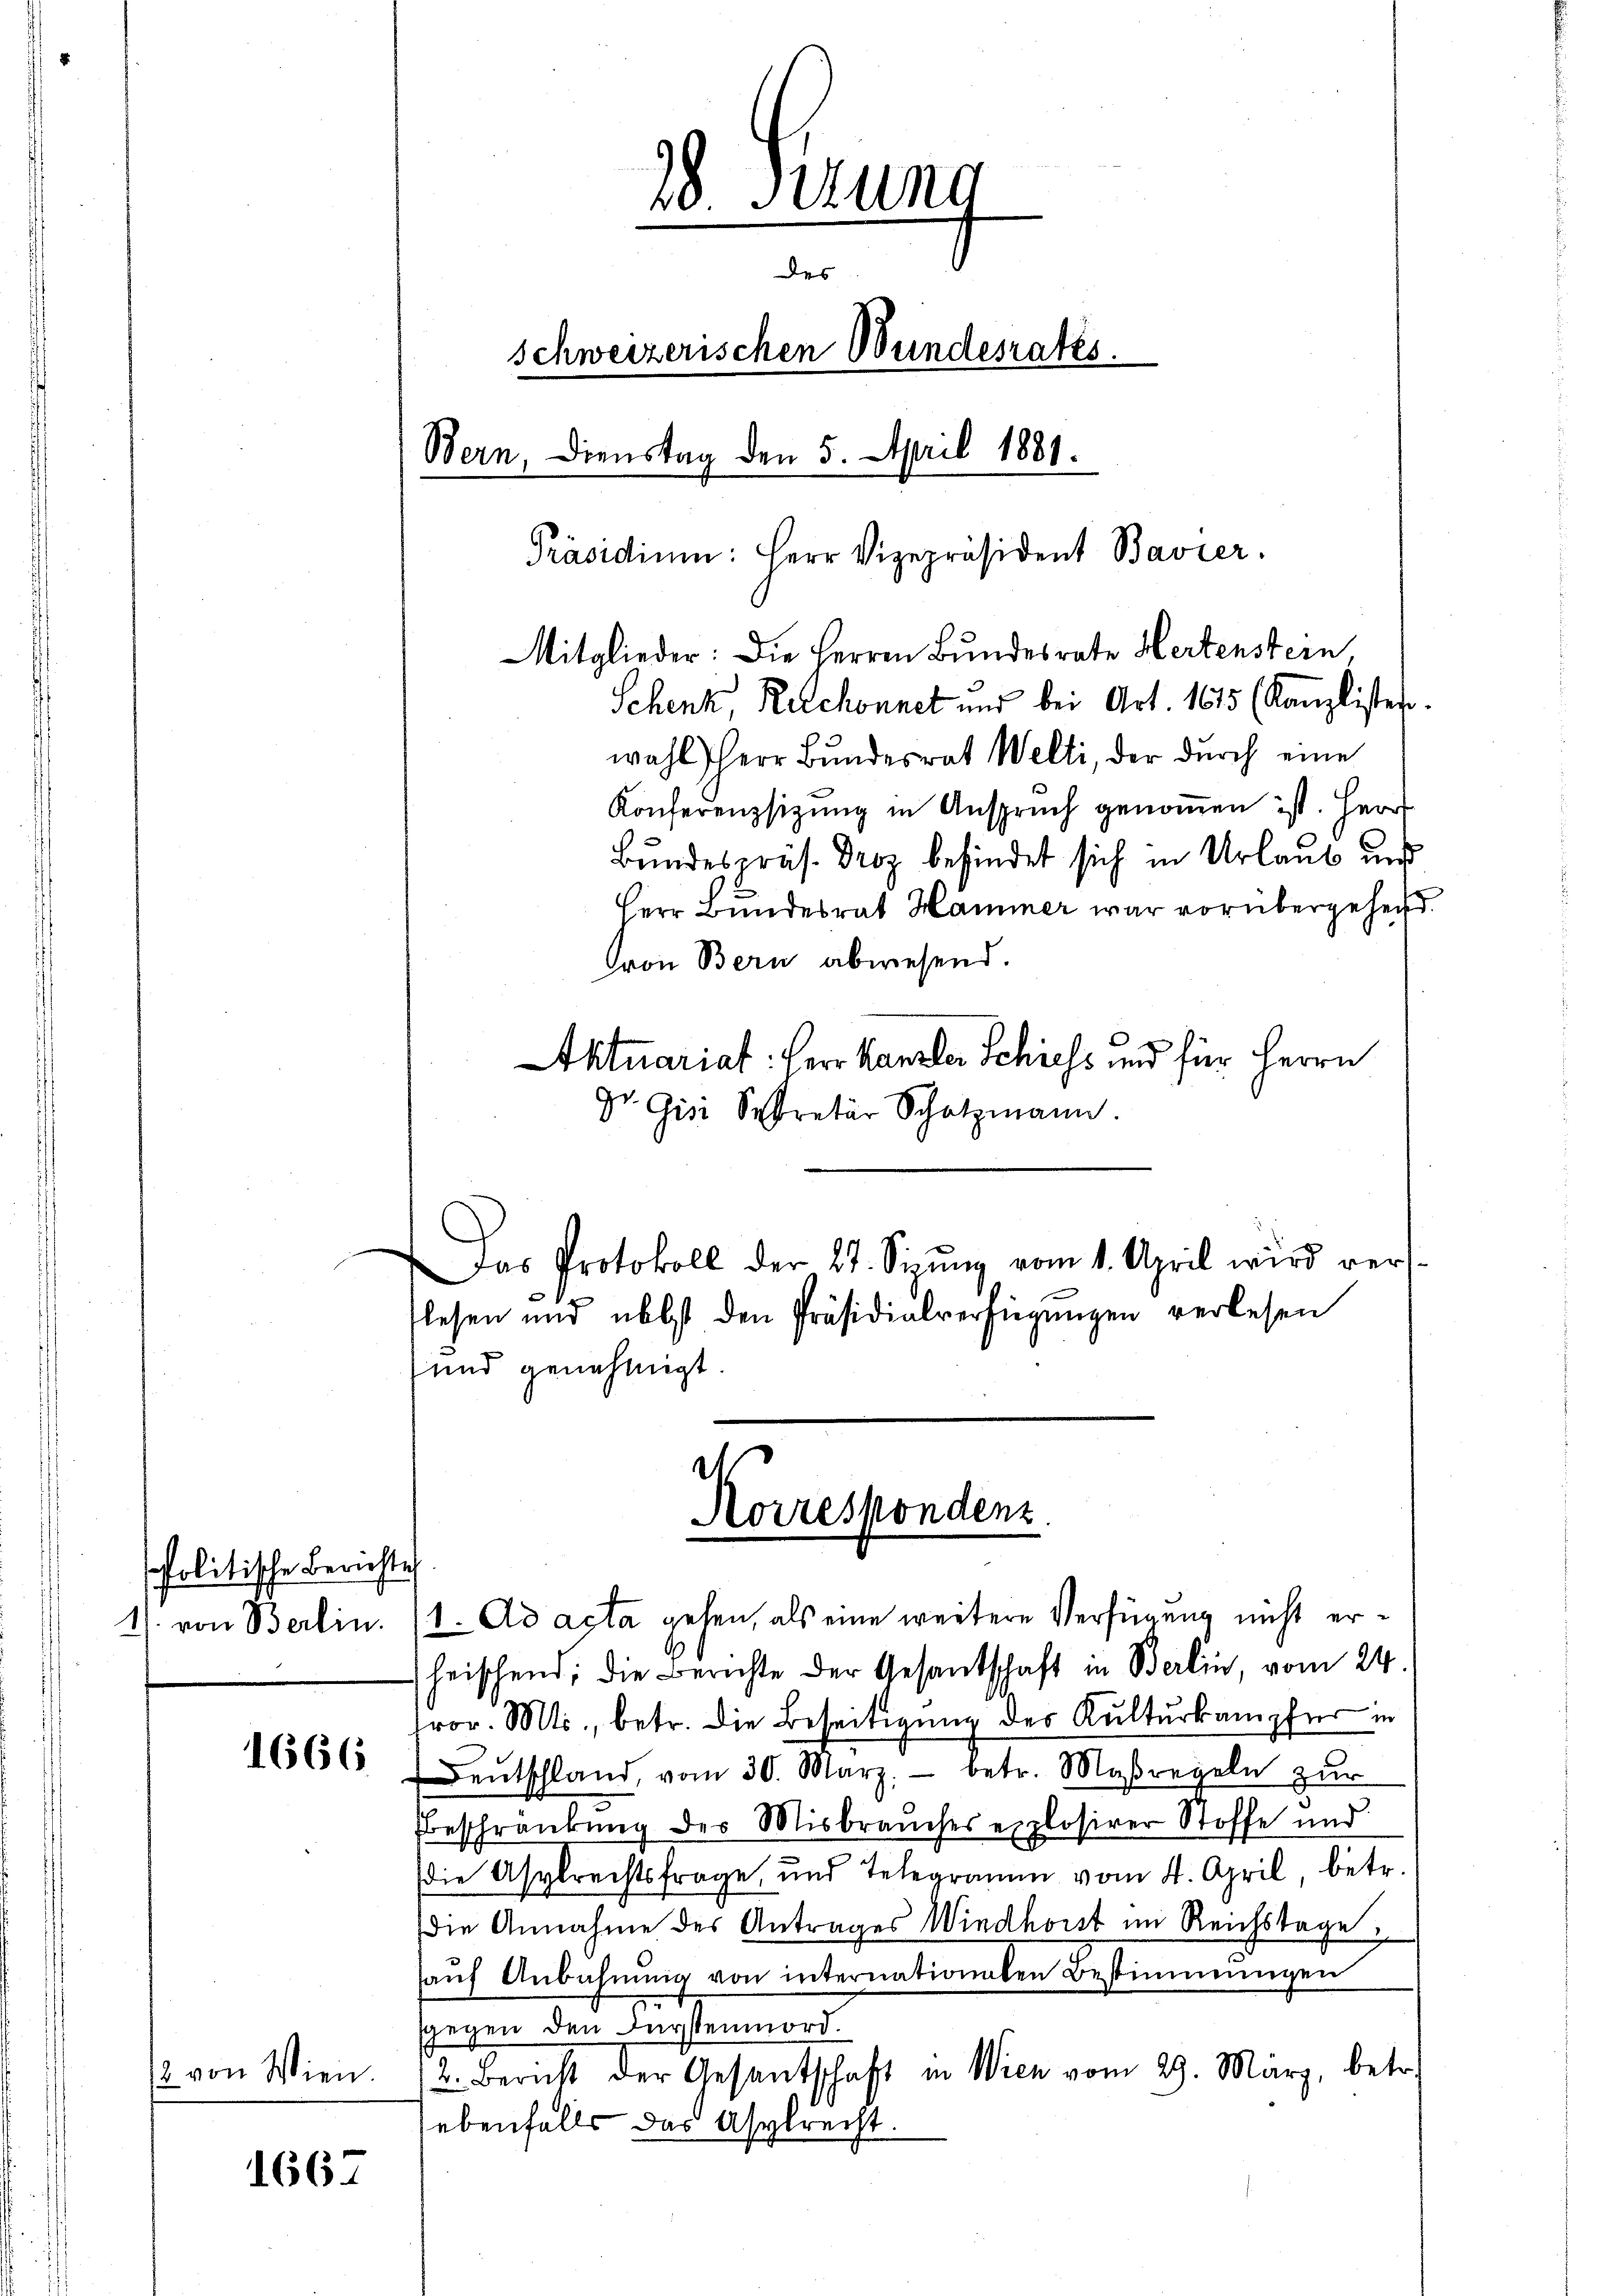
politische Berichte

1666

2 von Wien.

1667

Konferenzsizung in Anspruch genommen ist. Herr
Bundespräs. Droz befindet sich in Urlaub und
Herr Bundesrat Hammer war vorübergehen.
Gron Bern abwesend.
Aktuariat: Herr Kanzler Schiess und für Herrn
Dr. Gisi Sekretär Schatzmann.
Das Protokoll der 27. Sinŭng vom 1. April wird vers
flesen und nebst den Präsidialverfügungen verlesen
und genehmigt.

1) von Berlin. 11. Ad acta gehen, als eine weitere Verfügung nicht erheischend; die Berichte der Gesantschaft in Berlin, vom 24.
ror. Mts., betr. die Beseitigung des Kulturkampfer in
deŭtschland, vom 30. März. betr. Maßregeln zur
Beschränkung der Misbrauches explosirer Stoffe und
die Asylrechtsfrage, und Telegramm vom 4. April betr.
die Annahme des Antrages Windhont im Reichstage
haŭf Anbahnŭng von internationalen Bestimmungen
sgegen den Fürstenmord.
2. Bericht der Gesantschaft in Wien vom 29. März, betr.
ebenfalls das Asylrecht.

20 Sekung
des
schweizerischen Wundesrates.
Bern, Dienstag den 5. April 1881.
Präsidiŭm: Herr Vizepräsident Bavier.
Mitglieder: Die Herren Bundesrate Hertenstein
Schenk, Reschonnet und bei Art. 1615 (Kanzlister.
wahl Herr Bundesrat Welti, der durch eine

Korrespondenz